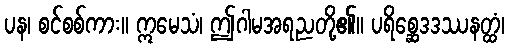
ပန၊ စင်စစ်ကား။ ဣမေသံ၊ ဤဂါမအရညတို့၏။ ပရိစ္ဆေဒဒဿနတ္ထံ၊